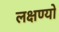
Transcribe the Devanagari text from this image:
लक्षण्यो